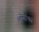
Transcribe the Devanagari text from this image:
लोगोंका